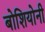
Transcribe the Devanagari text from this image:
बोशियोनी